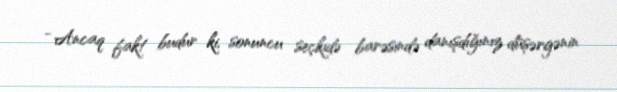
- Ancaq fakt budur ki, sonuncu seçkidə barəsində danışdığınız düşərgənin